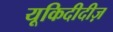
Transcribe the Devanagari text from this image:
यूकिदीदीज़